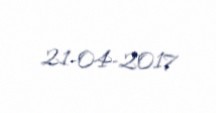
21-04-2017